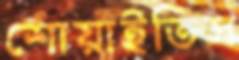
শোয়াইতিস